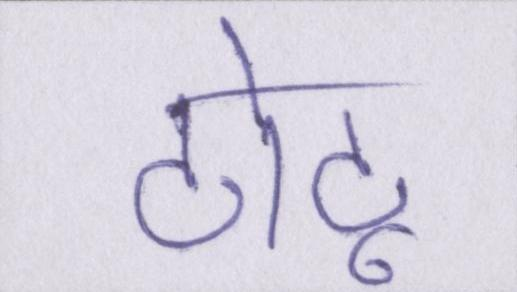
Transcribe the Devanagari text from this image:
टोटू